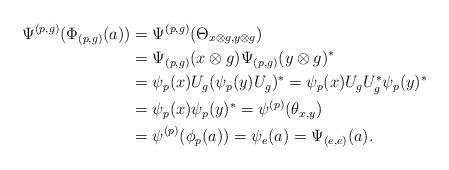
LaTeX: \begin{align*} \Psi^{(p,g)}(\Phi_{(p,g)}(a)) &= \Psi^{(p,g)}(\Theta_{x\otimes g, y\otimes g}) \\ &= \Psi_{(p,g)}(x\otimes g)\Psi_{(p,g)}(y\otimes g)^* \\ &= \psi_p(x) U_g (\psi_p(y) U_g)^* = \psi_p(x) U_g U_g^* \psi_p(y)^* \\ &= \psi_p(x) \psi_p(y)^* = \psi^{(p)}(\theta_{x,y}) \\ &= \psi^{(p)}(\phi_p(a)) = \psi_{e}(a)=\Psi_{(e,e)}(a).\end{align*}